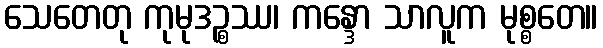
သေတေတု ကုမုဒဉ္စဿ၊ ကန္ဒော သာလူက မုစ္စတေ။